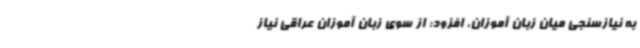
به نیازسنجی میان زبان آموزان، افزود: از سوی زبان آموزان عراقی نیاز